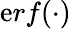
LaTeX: \mathrm{e}rf(\cdot)